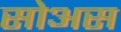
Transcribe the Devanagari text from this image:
सोअस